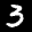
Label: 3